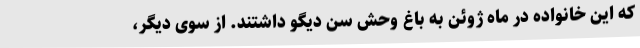
که این خانواده در ماه ژوئن به باغ وحش سن دیگو داشتند. از سوی دیگر،